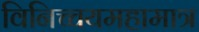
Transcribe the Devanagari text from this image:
विनिच्चयमहामात्र